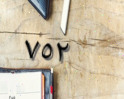
٧٥٢